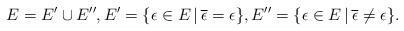
LaTeX: \begin{align*}E=E'\cup E'',E'=\{\epsilon\in E\,|\,\overline\epsilon=\epsilon\},E''=\{\epsilon\in E\,|\,\overline\epsilon\ne\epsilon\}.\end{align*}